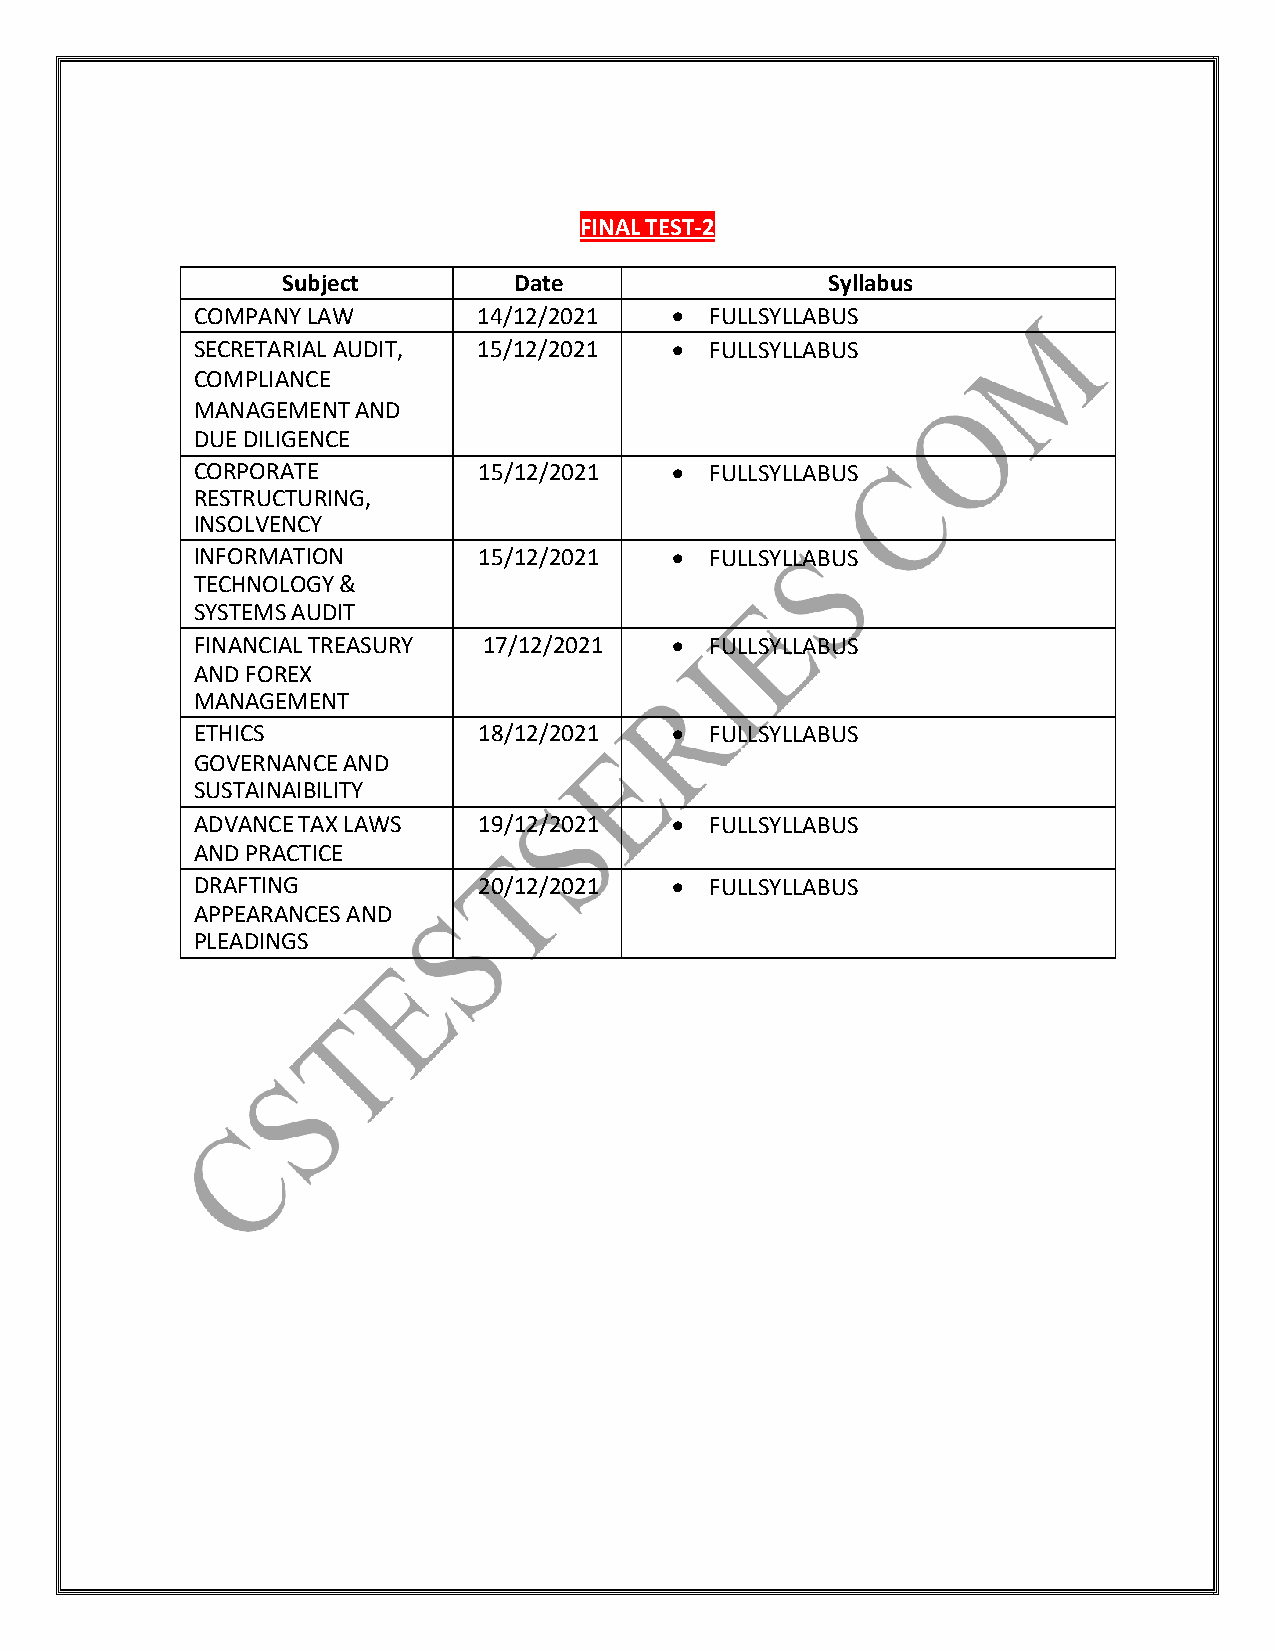
FINAL TEST-2
 Subject        Date                 Syllabus
 COMPANY LAW        14/12/2021    FULLSYLLABUS
 SECRETARIAL AUDIT, 15/12/2021    FULLSYLLABUS
 COMPLIANCE
 MANAGEMENT AND
 DUE DILIGENCE
 CORPORATE          15/12/2021    FULLSYLLABUS
 RESTRUCTURING,
 INSOLVENCY
 INFORMATION        15/12/2021    FULLSYLLABUS
 TECHNOLOGY &
 SYSTEMS AUDIT
 FINANCIAL TREASURY 17/12/2021    FULLSYLLABUS
 AND FOREX
 MANAGEMENT
 ETHICS             18/12/2021    FULLSYLLABUS
 GOVERNANCE AND
 SUSTAINAIBILITY
 ADVANCE TAX LAWS   19/12/2021    FULLSYLLABUS
 AND PRACTICE
 DRAFTING           20/12/2021    FULLSYLLABUS
 APPEARANCES AND
 PLEADINGS